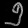
Digit: ၅